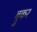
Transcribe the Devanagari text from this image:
ब्रुकर